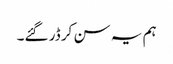
ہم یہ سن کر ڈر گئے۔